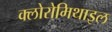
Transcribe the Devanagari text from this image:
क्लोरोमिथाइल